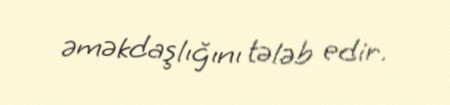
əməkdaşlığını tələb edir.